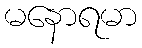
မနောရမာ